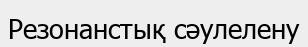
Резонанстық сәулелену